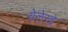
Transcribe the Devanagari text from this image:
येलेस्ट्रे